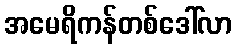
အမေရိကန်တစ်ဒေါ်လာ